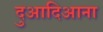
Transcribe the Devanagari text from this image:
दुआदिआना